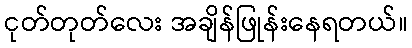
ငုတ်တုတ်လေး အချိန်ဖြုန်းနေရတယ်။